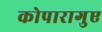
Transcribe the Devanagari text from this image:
कोपारागुए